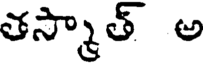
తస్మాత్ అ